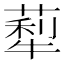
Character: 䔣